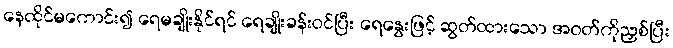
နေထိုင်မကောင်း၍ ရေမချိုးနိုင်ရင် ရေချိုးခန်းဝင်ပြီး ရေနွေးဖြင့် ဆွတ်ထားသော အဝတ်ကိုညှစ်ပြီး